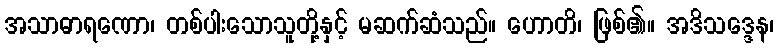
အသာဓာရဏော၊ တစ်ပါးသောသူတို့နှင့် မဆက်ဆံသည်။ ဟောတိ၊ ဖြစ်၏။ အဒိသဒ္ဒေန၊